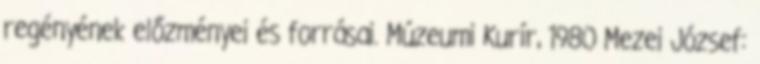
regényének előzményei és forrásai. Múzeumi Kurír, 1980 Mezei József: